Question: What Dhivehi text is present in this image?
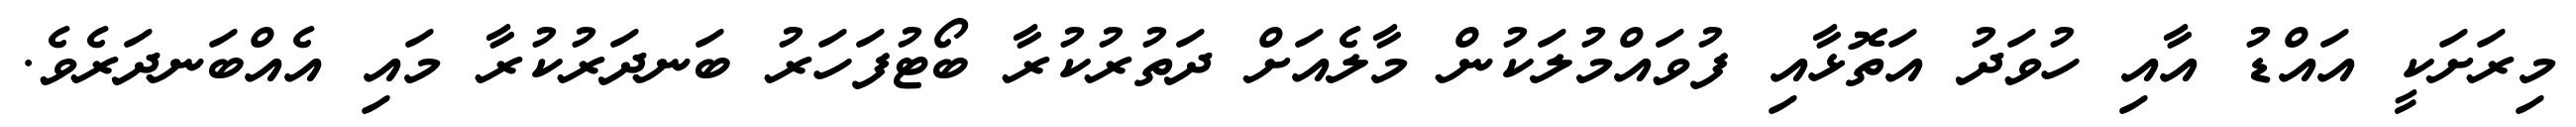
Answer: މިރަށަކީ އައްޑު އާއި ހުވަދު އަތޮޅާއި ފުވައްމުލަކުން މާލެއަށް ދަތުރުކުރާ ބޯޓުފަހަރު ބަނދަރުކުރާ މައި އެއްބަނދަރެވެ.